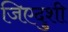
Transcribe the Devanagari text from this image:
जिएदुशी